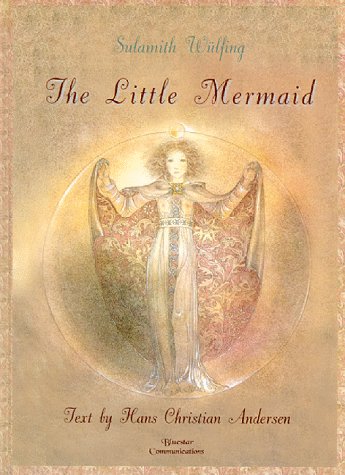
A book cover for The Little Mermaid; Hans Christian Andersen; Children's Books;